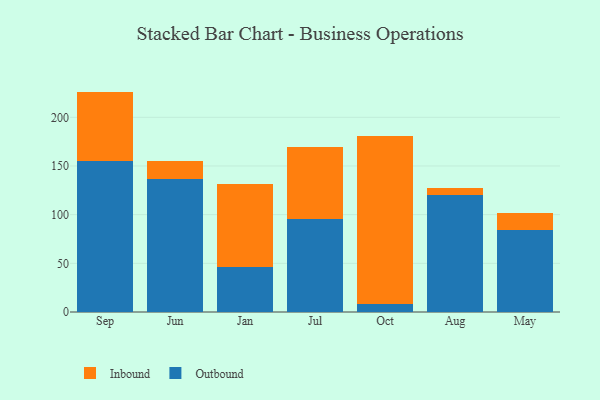
{"axis": {"x": "Month", "y": "Market Share (%)"}, "legend": ["Inbound", "Outbound"], "data": [{"x": "Sep", "y": 155.1, "type": "Outbound"}, {"x": "Sep", "y": 71.3, "type": "Inbound"}, {"x": "Jun", "y": 136.4, "type": "Outbound"}, {"x": "Jun", "y": 18.5, "type": "Inbound"}, {"x": "Jan", "y": 46.0, "type": "Outbound"}, {"x": "Jan", "y": 85.4, "type": "Inbound"}, {"x": "Jul", "y": 95.7, "type": "Outbound"}, {"x": "Jul", "y": 73.9, "type": "Inbound"}, {"x": "Oct", "y": 7.9, "type": "Outbound"}, {"x": "Oct", "y": 172.8, "type": "Inbound"}, {"x": "Aug", "y": 120.1, "type": "Outbound"}, {"x": "Aug", "y": 7.3, "type": "Inbound"}, {"x": "May", "y": 84.0, "type": "Outbound"}, {"x": "May", "y": 17.7, "type": "Inbound"}]}